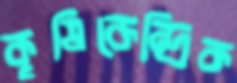
কৃষিকেন্দ্রিক